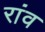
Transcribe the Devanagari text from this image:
रांव